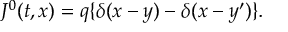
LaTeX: J ^ { 0 } ( t , x ) = q \{ \delta ( x - y ) - \delta ( x - y ^ { \prime } ) \} .